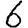
Digit: 6